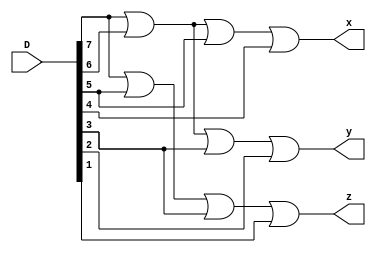
module eight_to_three_encoder
(
	D,
	x,
	y,
	z
);

	input [7:0] D;
	output x, y, z;

	assign x = D[7] | D[6] | D[5] | D[4];
	assign y = D[7] | D[6] | D[3] | D[2];
	assign z = D[7] | D[5] | D[3] | D[1];

endmodule